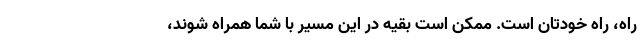
راه، راه خودتان است. ممکن است بقیه در این مسیر با شما همراه شوند،